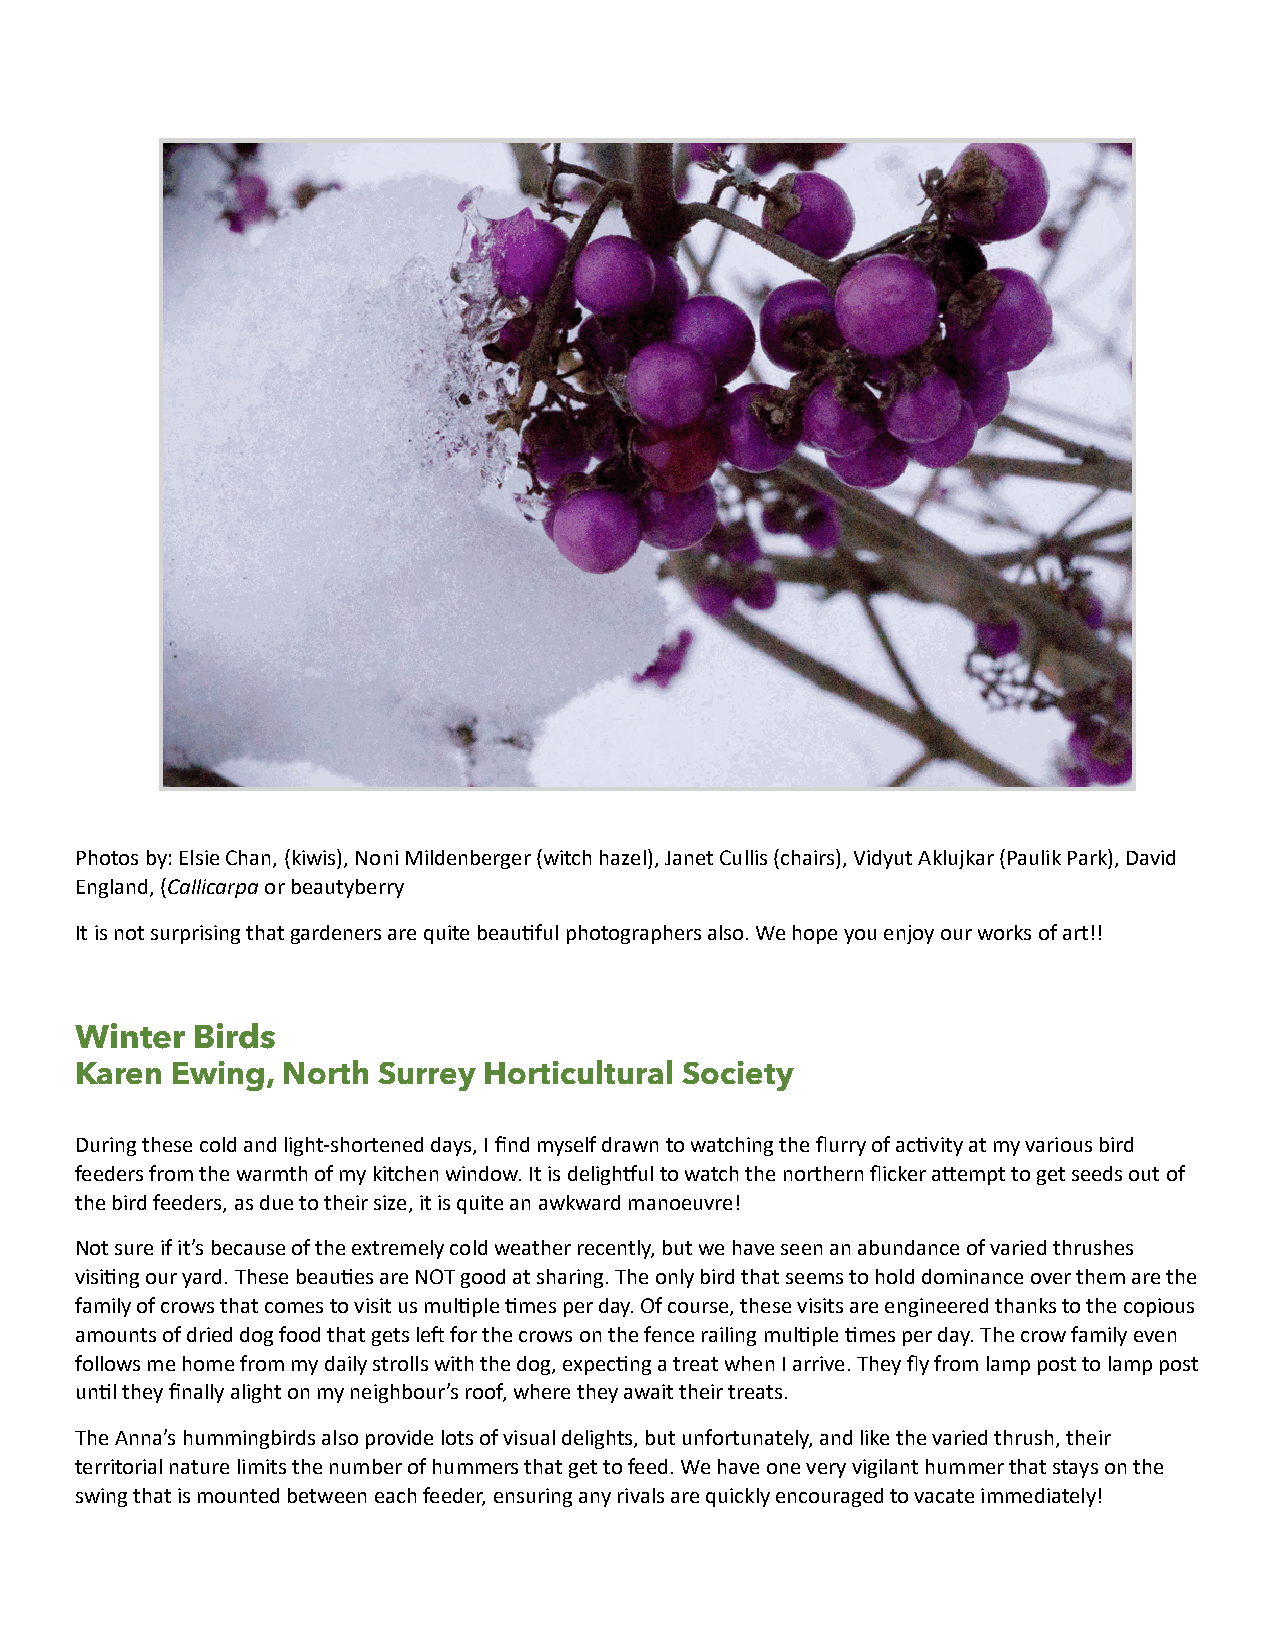
Photos by: Elsie Chan, (kiwis), Noni Mildenberger (witch hazel), Janet Cullis (chairs), Vidyut Aklujkar (Paulik Park), David
 England, (Callicarpa or beautyberry
 It is not surprising that gardeners are quite beauDful photographers also. We hope you enjoy our works of art!!
 Winter  Birds
 Karen Ewing,  North Surrey Horticultural Society
 During these cold and light-shortened days, I find myself drawn to watching the flurry of acDvity at my various bird
 feeders from the warmth of my kitchen window. It is deligh[ul to watch the northern flicker aTempt to get seeds out of
 the bird feeders, as due to their size, it is quite an awkward manoeuvre!
 Not sure if it’s because of the extremely cold weather recently, but we have seen an abundance of varied thrushes
 visiDng our yard. These beauDes are NOT good at sharing. The only bird that seems to hold dominance over them are the
 family of crows that comes to visit us mulDple Dmes per day. Of course, these visits are engineered thanks to the copious
 amounts of dried dog food that gets lei for the crows on the fence railing mulDple Dmes per day. The crow family even
 follows me home from my daily strolls with the dog, expecDng a treat when I arrive. They fly from lamp post to lamp post
 unDl they finally alight on my neighbour’s roof, where they await their treats.
 The Anna’s hummingbirds also provide lots of visual delights, but unfortunately, and like the varied thrush, their
 territorial nature limits the number of hummers that get to feed. We have one very vigilant hummer that stays on the
 swing that is mounted between each feeder, ensuring any rivals are quickly encouraged to vacate immediately!